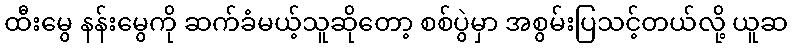
ထီးမွေ နန်းမွေကို ဆက်ခံမယ့်သူဆိုတော့ စစ်ပွဲမှာ အစွမ်းပြသင့်တယ်လို့ ယူဆ